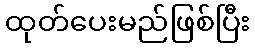
ထုတ်ပေးမည်ဖြစ်ပြီး